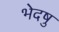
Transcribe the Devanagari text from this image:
भेदषु